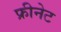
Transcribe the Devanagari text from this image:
फ्रीनेट